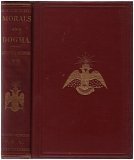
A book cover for Morals and Dogma of the Ancient and Accepted Scottish Rite of Freemasonry Prepared for the Supreme Council of the Thirty-third Degree, for the Southern Jurisdiction of the United States; Albert Pike; Religion & Spirituality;